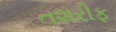
તશરીફ